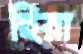
হিরা